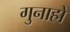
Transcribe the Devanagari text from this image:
गुनाहो